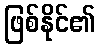
ဖြစ်နိုင်၏